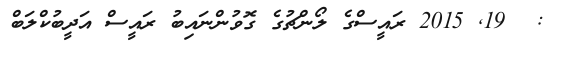
:  19